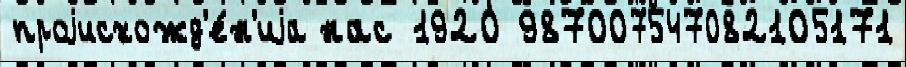
проjисхожд'е́н'иjа нас 1920 987007547082105171